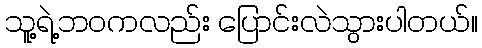
သူ့ရဲ့ဘဝကလည်း ပြောင်းလဲသွားပါတယ်။